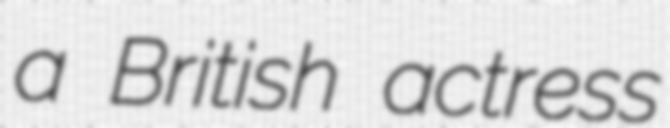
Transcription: a British actress